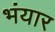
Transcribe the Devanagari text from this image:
भंयार